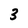
Character: 3